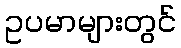
ဥပမာများတွင်